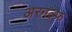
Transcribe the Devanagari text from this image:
अरनल्फ